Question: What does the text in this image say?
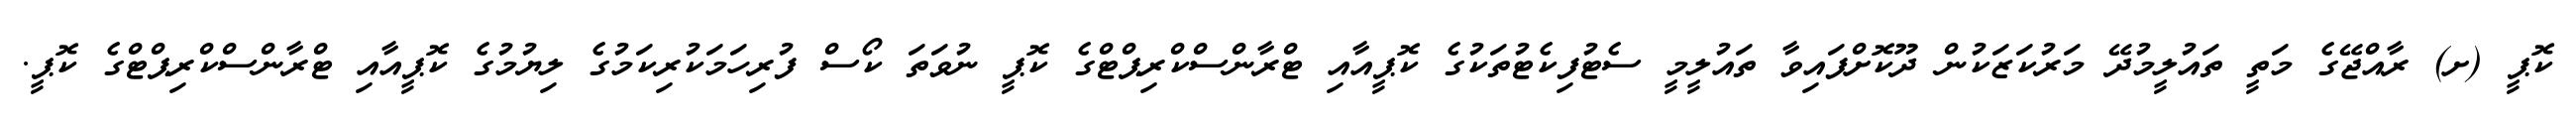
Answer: ކޮޕީ (ށ) ރާއްޖޭގެ މަތީ ތައުލީމުދޭ މަރުކަޒަކުން ދޫކޮށްފައިވާ ތައުލީމީ ސެޓުފިކެޓުތަކުގެ ކޮޕީއާއި ޓްރާންސްކްރިޕްޓްގެ ކޮޕީ ނުވަތަ ކޯސް ފުރިހަމަކުރިކަމުގެ ލިޔުމުގެ ކޮޕީއާއި ޓްރާންސްކްރިޕްޓްގެ ކޮޕީ.